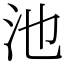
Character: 池